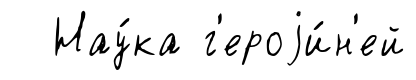
Нау́ка г'ероjи́н'ей